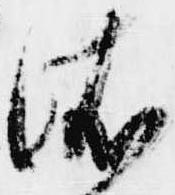
依